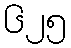
၆၂၅